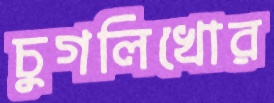
চুগলিখোর